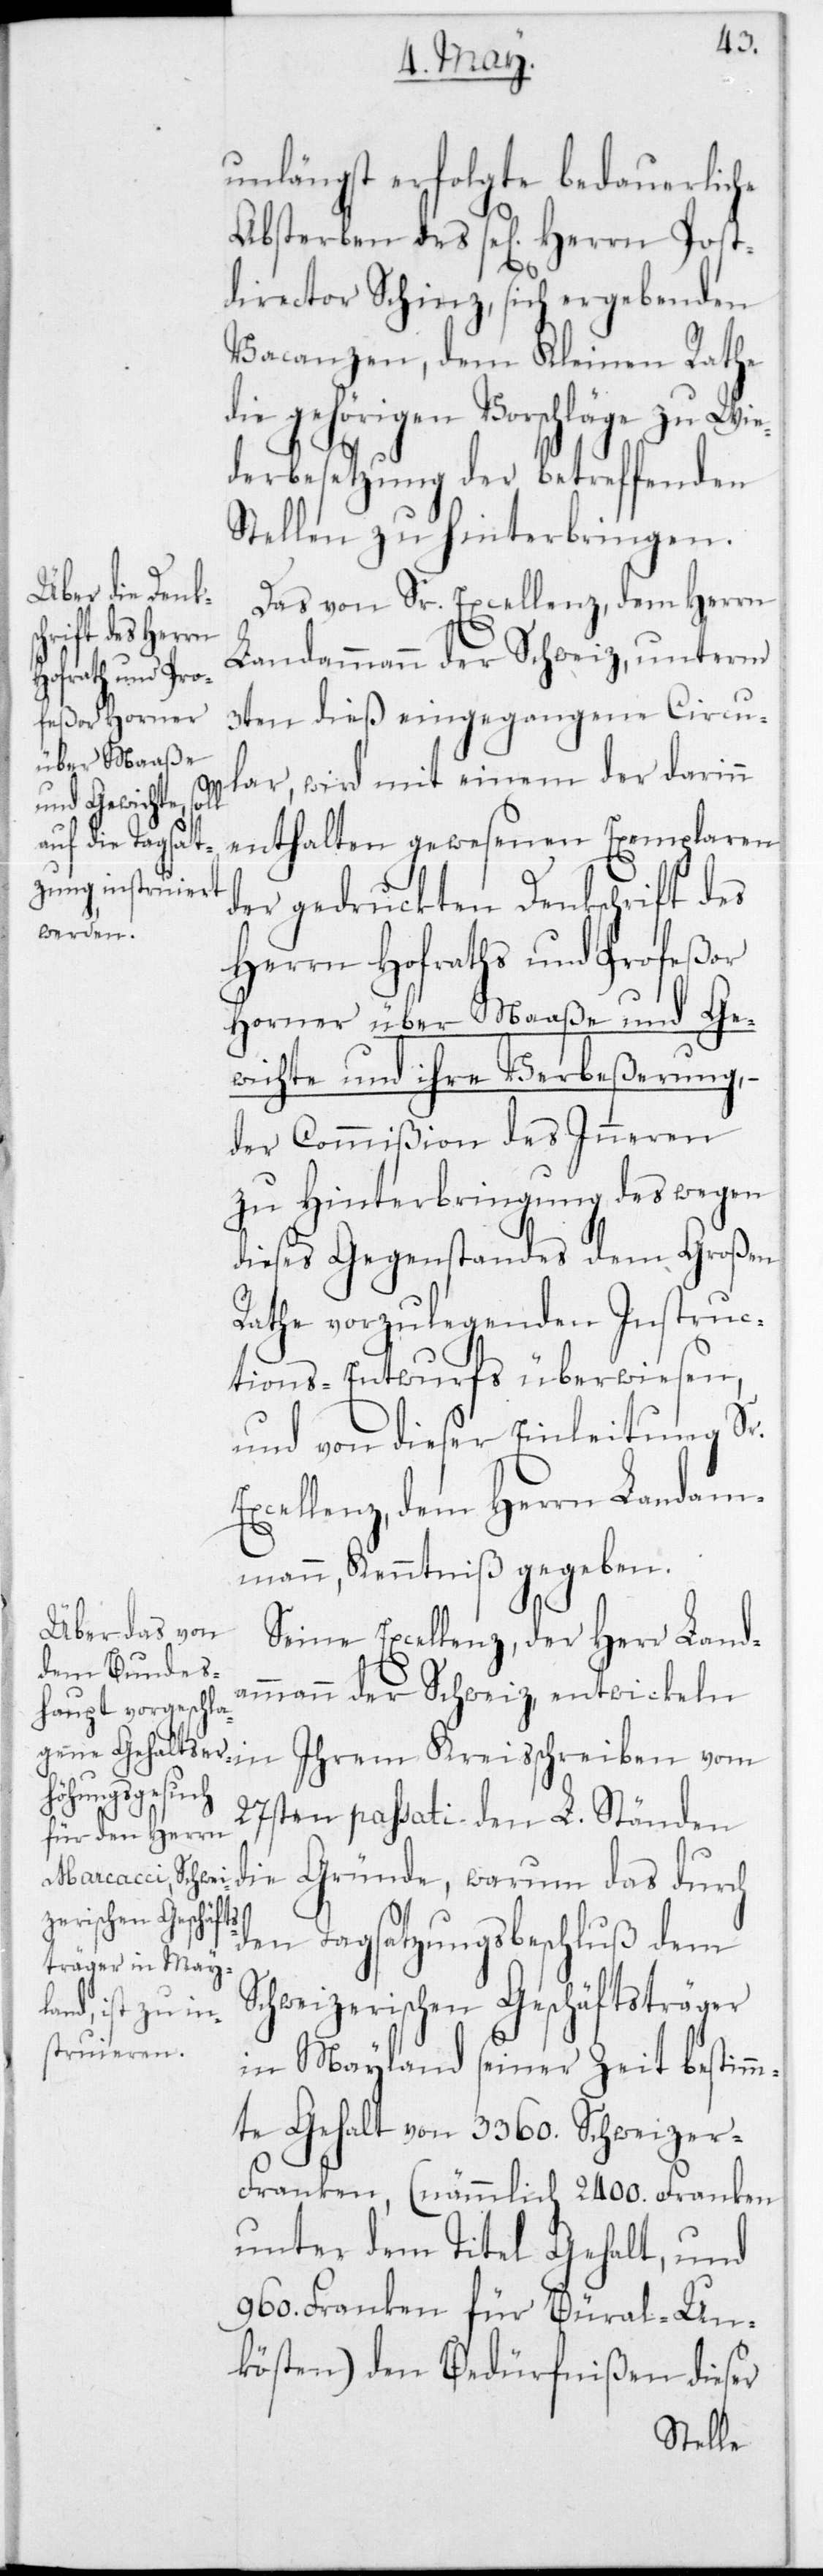
unlängst erfolgte bedauerliche
Absterben des sel. Herrn Post¬
director Schinz, sich ergebenden
Vacanzen, dem Kleinen Rathe
die behörigen Vorschläge zu Wie¬
derbesetzung der betreffenden
Stellen zu hinterbringen.
Das von Sr. Excellenz, dem Herrn
Landammann der Schweiz, unterm
3ten dieß eingegangene Circu¬
lar, wird mit einem der darinn
enthalten gewesenen Exemplaren
der gedruckten Denkschrift des
Herrn Hofraths und Profeßor
Horner über Maaße und Ge¬
wichte und ihre Verbeßerung –
der Commißion des Inneren
zu Hinterbringung des wegen
dieses Gegenstandes dem Großen
Rathe vorzulegenden Instruc¬
tions-Entwurfs überwiesen,
und von dieser Einleitung Sr.
Excellenz, dem Herrn Landam¬
mann, Kenntniß gegeben.
Seine Excellenz, der Herr Land¬
ammann der Schweiz, entwickeln
in Ihrem Kreisschreiben vom
27sten passati den L. Ständen
die Gründe, warum das durch
den Tagsatzungsbeschluß dem
Schweizerischen Geschäftsträger
in Mayland seiner Zeit bestimm¬
te Gehalt von 3360 Schweizer-F¬
ranken, (nämmlich 2400 Franken
unter dem Titel Gehalt, und
960 Franken für Büral-Un¬
kösten) den Bedürfnißen dieser